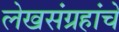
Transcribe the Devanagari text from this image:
लेखसंग्रहांचे